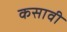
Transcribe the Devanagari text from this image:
कसावी